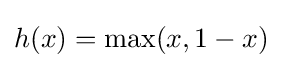
h(x)=\max(x,1-x)